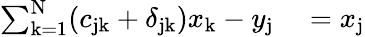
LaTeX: \begin{array}{rl}{\sum_{\mathrm{k=1}}^{\mathrm{N}}(c_{\mathrm{jk}}+\delta_{\mathrm{jk}})x_{\mathrm{k}}-y_{\mathrm{j}}}&{{}=x_{\mathrm{j}}}\end{array}